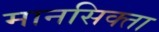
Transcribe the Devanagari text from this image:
मानसिक्ता